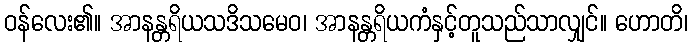
ဝန်လေး၏။ အာနန္တရိယသဒိသမေဝ၊ အာနန္တရိယကံနှင့်တူသည်သာလျှင်။ ဟောတိ၊